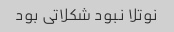
نوتلا نبود شکلاتی بود